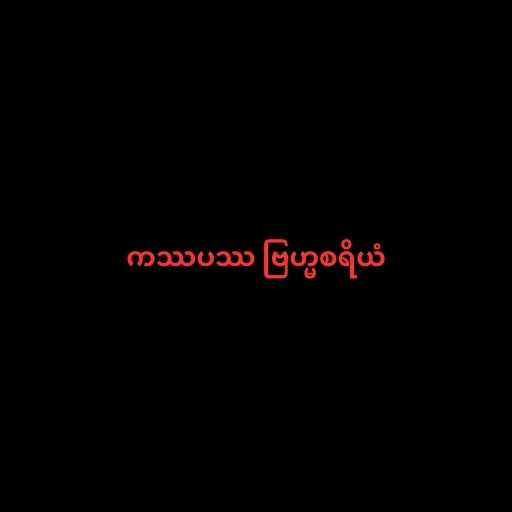
ကဿပဿ ဗြဟ္မစရိယံ